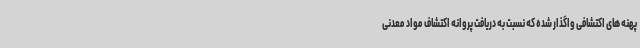
پهنه های اکتشافی واگذار شده که نسبت به دریافت پروانه اکتشاف مواد معدنی